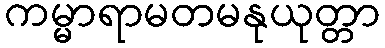
ကမ္မာရာမတမနုယုတ္တာ